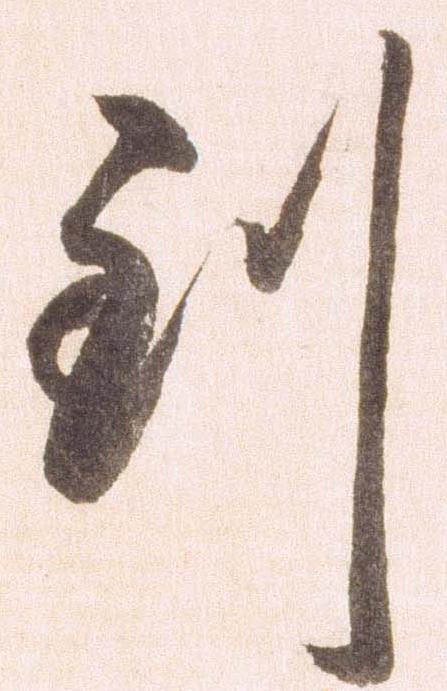
到